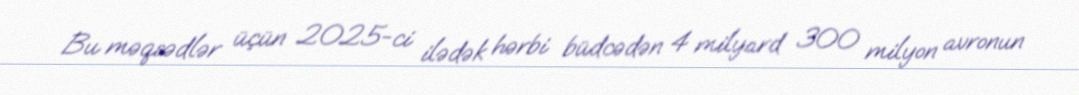
Bu məqsədlər üçün 2025-ci ilədək hərbi büdcədən 4 milyard 300 milyon avronun